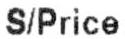
S/PRICE